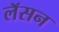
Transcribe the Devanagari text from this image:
लॅसन